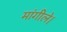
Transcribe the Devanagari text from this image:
मांगीले।